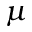
\mu